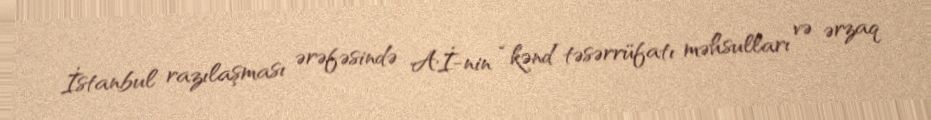
İstanbul razılaşması ərəfəsində Aİ-nin “kənd təsərrüfatı məhsulları və ərzaq